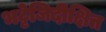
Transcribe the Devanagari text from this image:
भट्टेजिदीक्षित